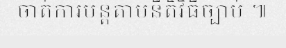
ចាត់ការបន្តតាមនីតិវិធីច្បាប់ ៕